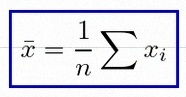
\bar{x}=\frac1n\sum x_i